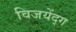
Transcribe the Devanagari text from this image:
विजयेंद्ग